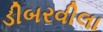
ડીબરવીલા